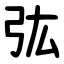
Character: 㢬